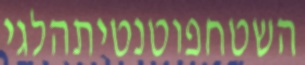
השטחפוטנטיתהלגי